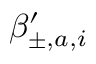
\beta _ { \pm , a , i } ^ { \prime }